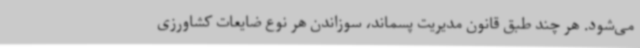
می‌شود. هر چند طبق قانون مدیریت پسماند، سوزاندن هر نوع ضایعات کشاورزی